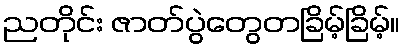
ညတိုင်း ဇာတ်ပွဲတွေတခြိမ့်ခြိမ့်။